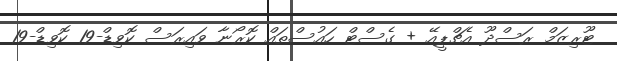
ޓޫރިޒަމް ރަސްދޫ އެޗްޕީއޭ + ގެސްޓް ހައުސްތައް ކޮރޯނާ ވައިރަސް ކޮވިޑް-19 ކޮވިޑް-19